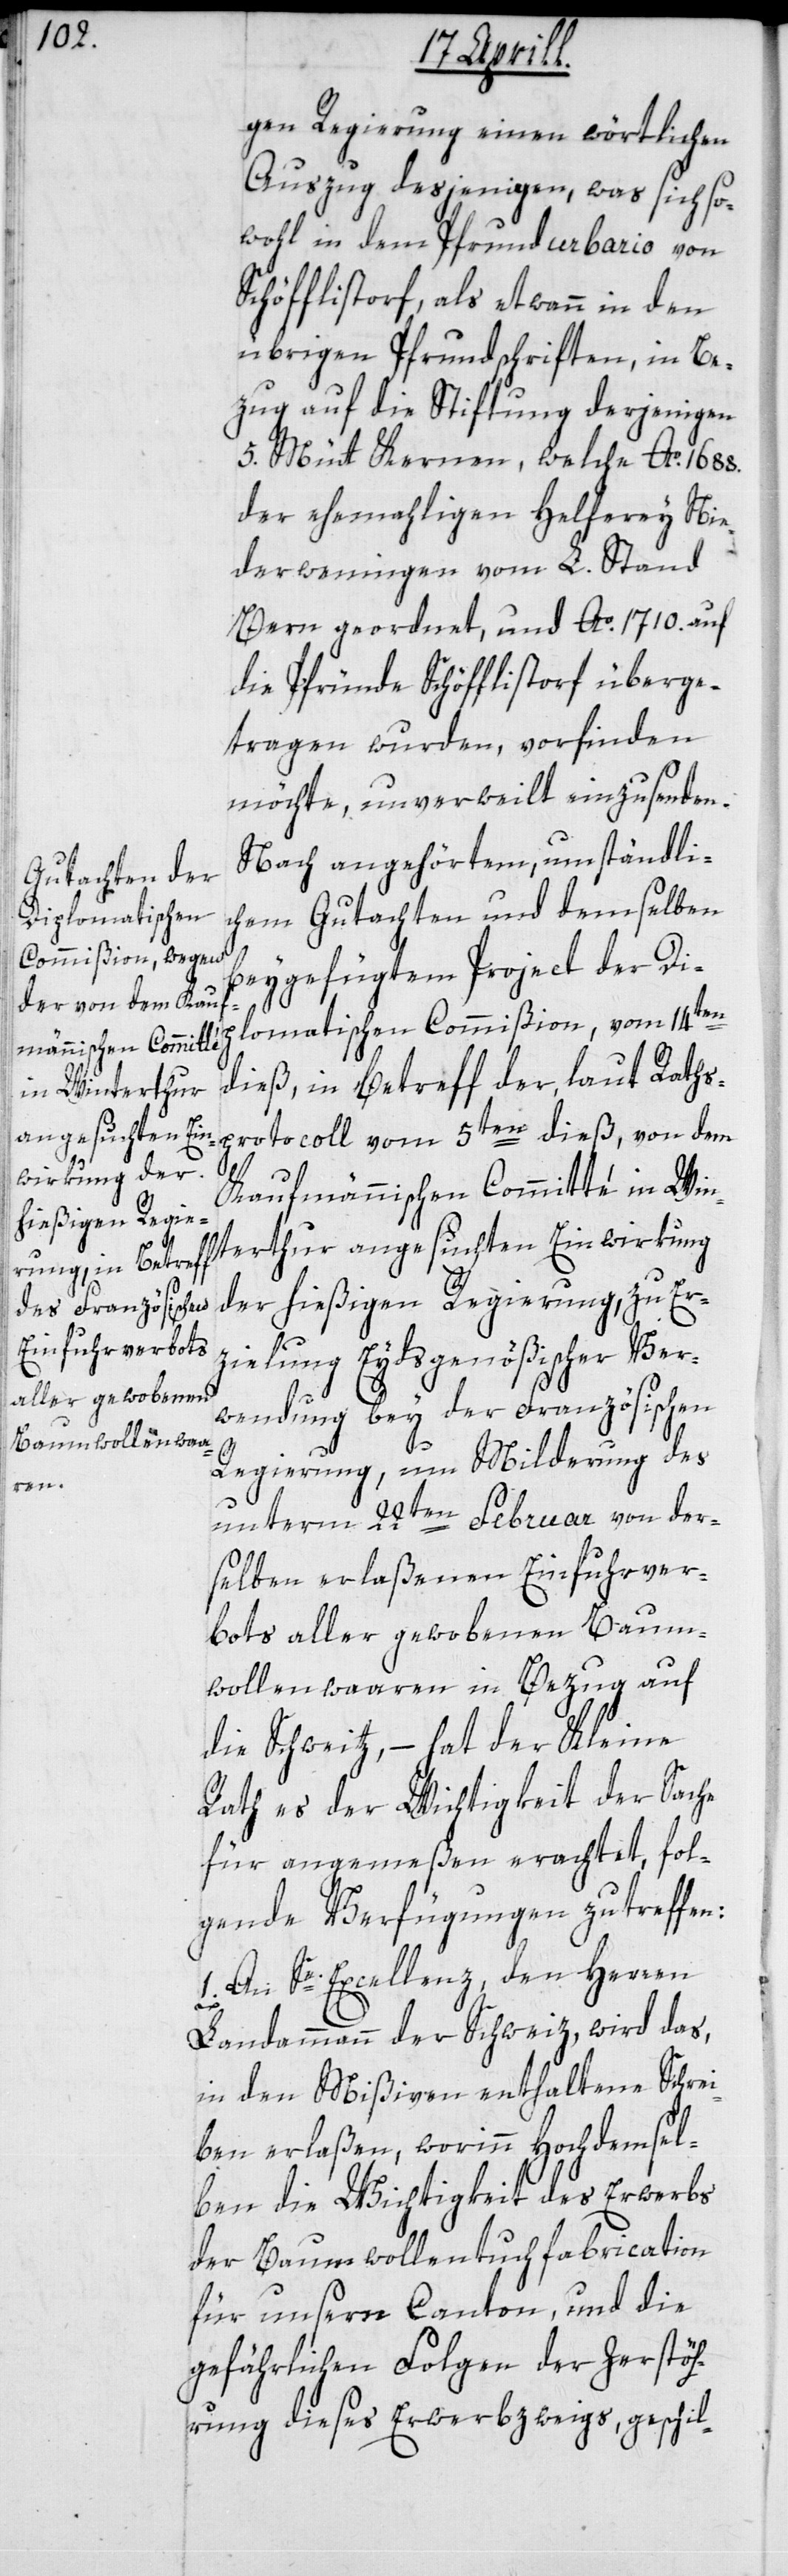
gen Regierung einen wörtlichen
Auszug desjenigen, was sich so¬
wohl in dem Pfrund urbario von
Schöfflistorf, als etwann in den
übrigen Pfrundschriften, in Be¬
zug auf die Stiftung derjenigen
5. Mütt Kernen, welche Ao. 1688.
der ehemaligen Helferey Nie¬
derweningen vom L. Stand
Bern geordnet, und Ao. 1710 auf
die Pfründe Schöfflistorf überge¬
tragen wurden, vorfinden
möchte, unverweilt einzusenden.
Nach angehörtem, umständli¬
chen Gutachten und demselben
beygefügtem Project der Dip¬
lomatischen Commißion, vom 14ten
dieß, in Betreff der, laut Raths¬
protocoll vom 5ten dieß, von dem
Kaufmännischen Committé in Win¬
terthur angesuchten Einwirkung
der hießigen Regierung, zu Er¬
zielung Eydsgenößischer Ver¬
wendung bey der Französischen
Regierung, um Milderung des
unterm 22ten Februar von der¬
selben erlaßenen Einfuhrver¬
bots aller gewobenen Baum¬
wollenwaaren in Bezug auf
die Schweitz, – hat der Kleine
Rath es der Wichtigkeit der Sache
für angemeßen erachtet, fol¬
gende Verfügungen zu treffen:
1. An Se. Excellenz, den Herren
Landammann der Schweiz, wird das,
in den Mißiven enthaltene Schrei¬
ben erlaßen, worinn Hochdemsel¬
ben die Wichtigkeit des Erwerbs
der Baumwollentuchfabrication
für unsern Canton, und die
gefährlichen Folgen der Zerstöh¬
rung dieses Erwerbszweigs, geschil-